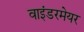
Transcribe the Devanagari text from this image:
वाइंडरमेयर